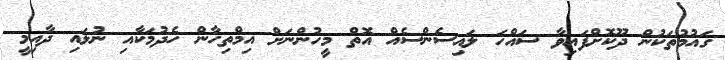
ގައުމުތަކުން ދޫކޮށްފައިވާ ސައްހަ ލައިސެންސެއް އޮތް މީހުންނަށް އިމްތިހާން ހެދުމަކާއި ނުލައި ދާއިމީ